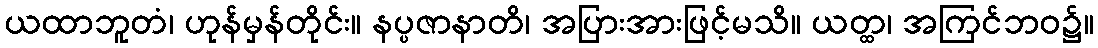
ယထာဘူတံ၊ ဟုန်မှန်တိုင်း။ နပ္ပဇာနာတိ၊ အပြားအားဖြင့်မသိ။ ယတ္ထ၊ အကြင်ဘဝ၌။